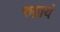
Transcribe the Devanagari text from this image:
रुद्रायं